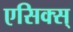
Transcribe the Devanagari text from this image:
एसिक्स्